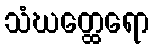
သံဃတ္ထေရော